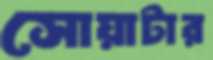
সোয়াটার